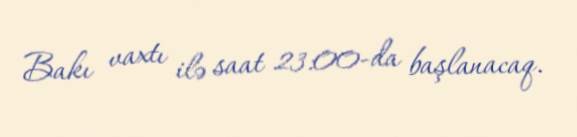
Bakı vaxtı ilə saat 23:00-da başlanacaq.